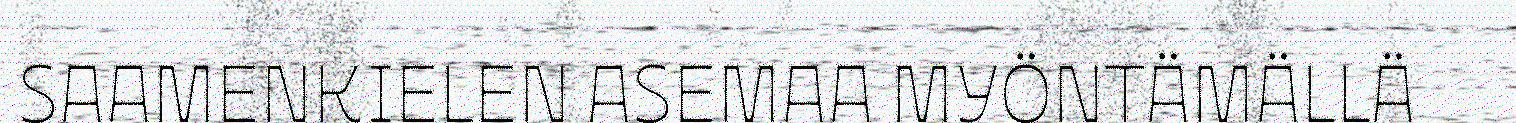
SAAMENKIELEN ASEMAA MYÖNTÄMÄLLÄ